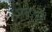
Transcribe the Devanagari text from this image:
परप्पुरे